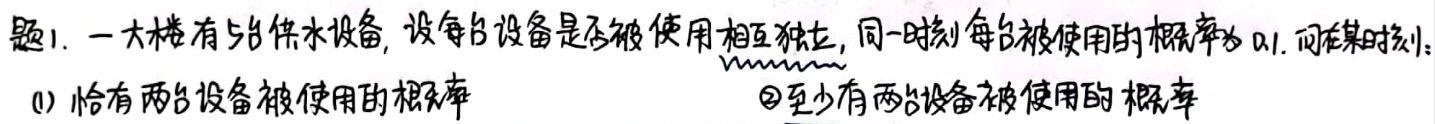
题1. 一大楼有5台供水设备，设每台设备是否被使用相互独立，同一时刻每台被使用的概率为0.1. 问在某时刻：
(1) 恰有两台设备被使用的概率
(2) 至少有两台设备被使用的概率